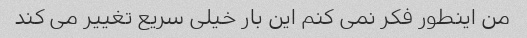
من اینطور فکر نمی کنم این بار خیلی سریع تغییر می کند